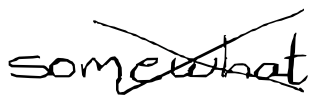
Text: somewhat
Cross-out: cross
Writing tool: digital_black